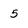
Character: 5